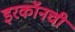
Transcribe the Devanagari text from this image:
इरकॉनची